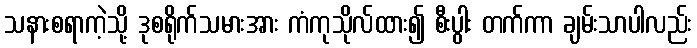
သနားစရာကဲ့သို့ ဒုစရိုက်သမားအား ကံကုသိုလ်ထား၍ စီးပွါး တက်ကာ ချမ်းသာပါလည်း